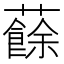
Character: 𧃋